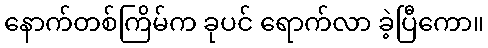
နောက်တစ်ကြိမ်က ခုပင် ရောက်လာ ခဲ့ပြီကော။